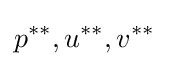
p^{**},u^{**},v^{**}